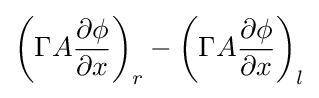
\left(\Gamma A{\frac {\partial \phi }{\partial x}}\right)_{r}-\left(\Gamma A{\frac {\partial \phi }{\partial x}}\right)_{l}